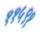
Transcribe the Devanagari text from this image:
११५९१